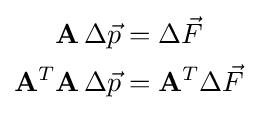
{\begin{aligned}\mathbf {A} \,\Delta {\vec {p}}&=\Delta {\vec {F}}\\\mathbf {A} ^{T}\mathbf {A} \,\Delta {\vec {p}}&=\mathbf {A} ^{T}\Delta {\vec {F}}\end{aligned}}